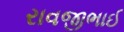
રાવજીભાઈ